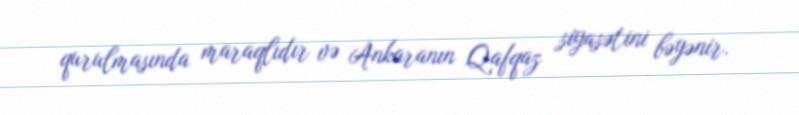
qurulmasında maraqlıdır və Ankaranın Qafqaz siyasətini bəyənir.